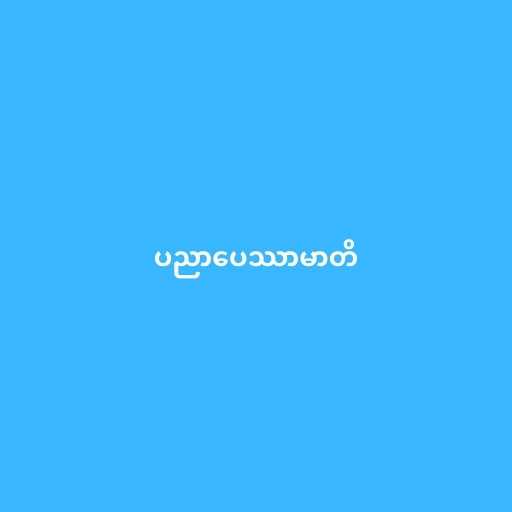
ပညာပေဿာမာတိ